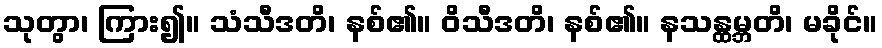
သုတွာ၊ ကြား၍။ သံသီဒတိ၊ နစ်၏။ ဝိသီဒတိ၊ နစ်၏။ နသန္ထမ္ဘတိ၊ မခိုင်။